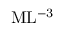
\mathrm { M L ^ { - 3 } }